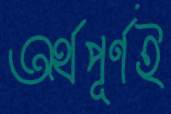
অর্থপূর্ণই